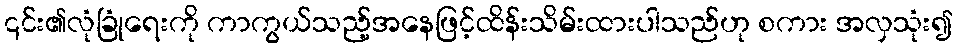
၎င်း၏လုံခြုံရေးကို ကာကွယ်သည့်အနေဖြင့်ထိန်းသိမ်းထားပါသည်ဟု စကား အလှသုံး၍